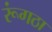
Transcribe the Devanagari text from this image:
रूंगठा